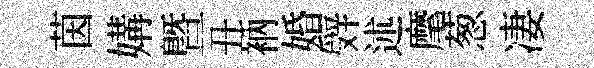
茵媾暨丑衲婚辤述麾葱凄